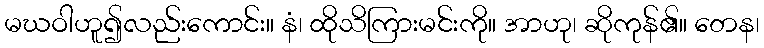
မဃဝါဟူ၍လည်းကောင်း။ နံ၊ ထိုသိကြားမင်းကို။ အာဟု၊ ဆိုကုန်၏။ တေန၊